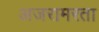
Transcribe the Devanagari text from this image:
अजरामरता